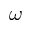
\omega